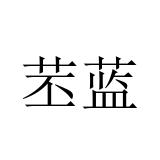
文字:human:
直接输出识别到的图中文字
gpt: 苤蓝